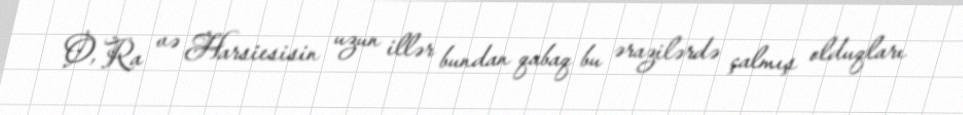
O, Ra və Harsiesisin uzun illər bundan qabaq bu ərazilərdə çalmış olduqları